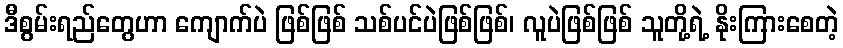
ဒီစွမ်းရည်တွေဟာ ကျောက်ပဲ ဖြစ်ဖြစ် သစ်ပင်ပဲဖြစ်ဖြစ်၊ လူပဲဖြစ်ဖြစ် သူတို့ရဲ့ နိုးကြားစေတဲ့